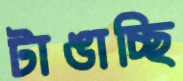
টাঙাচ্ছি